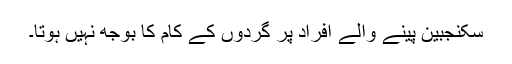
سکنجبین پینے والے افراد پر گردوں کے کام کا بوجھ نہیں ہوتا۔